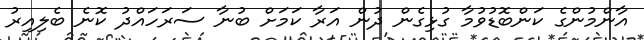
އާންމުންގެ ކަންބޮޑުވުމާ ގުޅިގެން ދުން އަރާ ކަމަށް ބުނާ ސަރަހައްދު ކޮނެ ބެލިއިރު